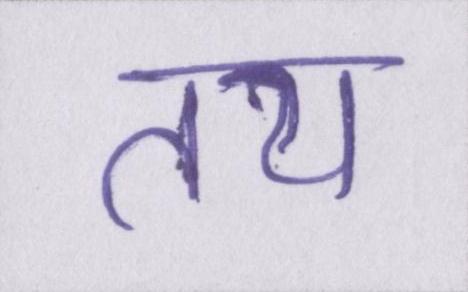
तय